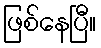
ဖြစ်နေပြီ။